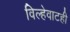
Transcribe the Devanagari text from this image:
विल्हेवाटही